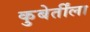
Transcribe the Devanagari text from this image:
कुबेर्तींला